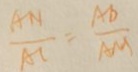
\frac { A N } { A C } = \frac { A D } { A M }